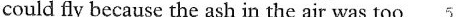
could fly because the ash in the air was too 5